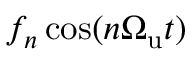
f _ { n } \cos ( n { \Omega _ { \mathrm { u } } } t )